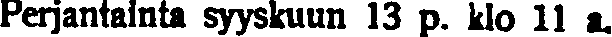
Perjantainta syyskuun 13 p. klo 11 a.